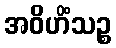
အဝိဟိံသဉ္စ